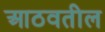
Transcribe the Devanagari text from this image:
आठवतील